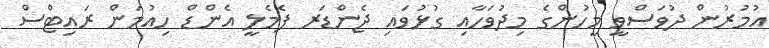
އުމުރުން ދުވަސްވީ މީހުންގެ މިދުވަހާއި ގުޅުވައި ޖެންޑަރ ފެމެލީ އެންޑް ހިއުމަން ރައިޓްސް